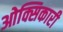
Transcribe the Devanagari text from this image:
ओक्सिकारी